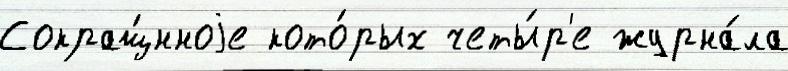
Сокращ́нноjе кото́рых четы́р'е журна́ла